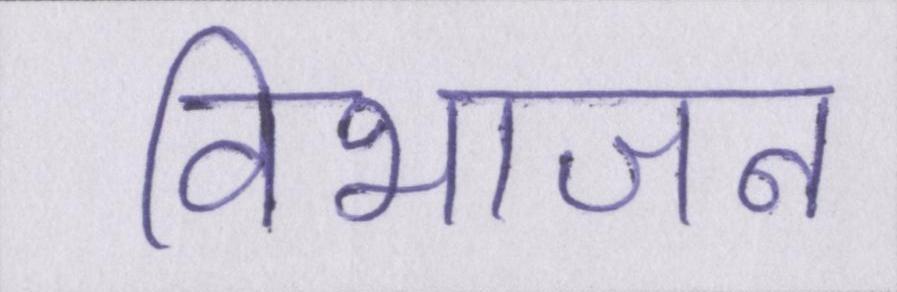
विभाजन